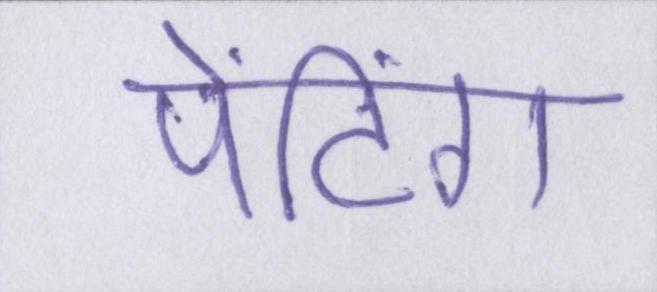
पेंटिंग